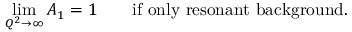
\operatorname * { l i m } _ { Q ^ { 2 } \rightarrow \infty } A _ { 1 } = 1 \qquad \mathrm { i f \ o n l y \ r e s o n a n t \ b a c k g r o u n d } .